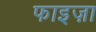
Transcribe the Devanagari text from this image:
फाइज़ा